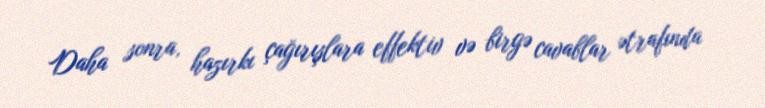
Daha sonra, hazırkı çağırışlara effektiv və birgə cavablar ətrafında